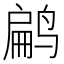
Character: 𬸜